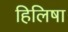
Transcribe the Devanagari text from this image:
हिलिषा